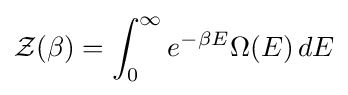
{\mathcal {Z}}(\beta )=\int _{0}^{\infty }e^{-\beta E}\Omega (E)\,dE